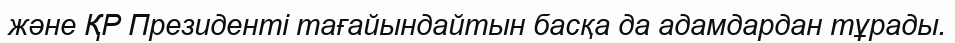
және ҚР Президенті тағайындайтын басқа да адамдардан тұрады.